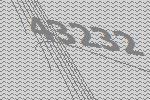
43232